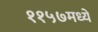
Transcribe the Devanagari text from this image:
११५७मध्ये